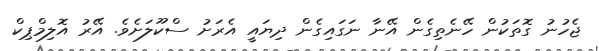
ޖެހުނު ގޮތަކުން ހޭނެތިގެން އޭނާ ނަގައިގެން ދިޔައީ އެރަށު ސްކޫލަށެވެ. އޭރު އޮލިމްޕިކް